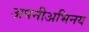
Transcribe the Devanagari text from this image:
अपनीअभिनय